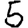
Digit: 5